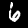
Label: 6